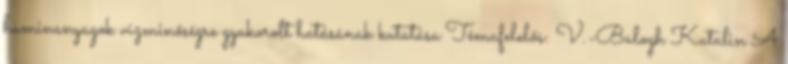
huminanyagok vízminőségre gyakorolt hatásának kutatása Témafelelős: V.-Balogh Katalin A